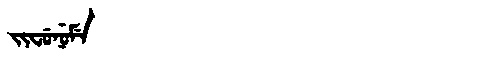
Manchu: ᠵᡳᠸᡠᠨᡠᠮᡝ
Romanization: JIFUNUME